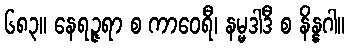
၆၈၃။ နေရဉ္ဇရာ စ ကာဝေရီ၊ နမ္မဒါဒီ စ နိန္နဂါ။